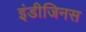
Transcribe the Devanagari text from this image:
इंडीजिनस